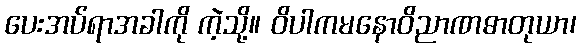
ပေးအပ်ရာအခါကို ကဲ့သို့။ ဝိပါကမနောဝိညာဏဓာတုယာ၊